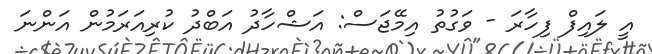
އީ ލައިފް ފިހާރަ - ވަގުތު އިމޭޖަސް: އަޝްހާދު އަބްދު ކުރިއަރަމުން އަންނަ